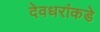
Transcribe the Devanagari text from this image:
देवधरांकडे